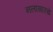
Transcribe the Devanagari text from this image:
नलासारखे